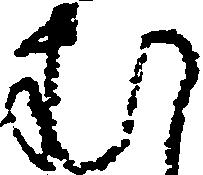
む